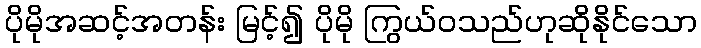
ပိုမိုအဆင့်အတန်း မြင့်၍ ပိုမို ကြွယ်ဝသည်ဟုဆိုနိုင်သော